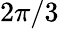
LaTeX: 2\pi/3